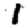
Digit: 1